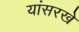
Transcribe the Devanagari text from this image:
यांसरखे